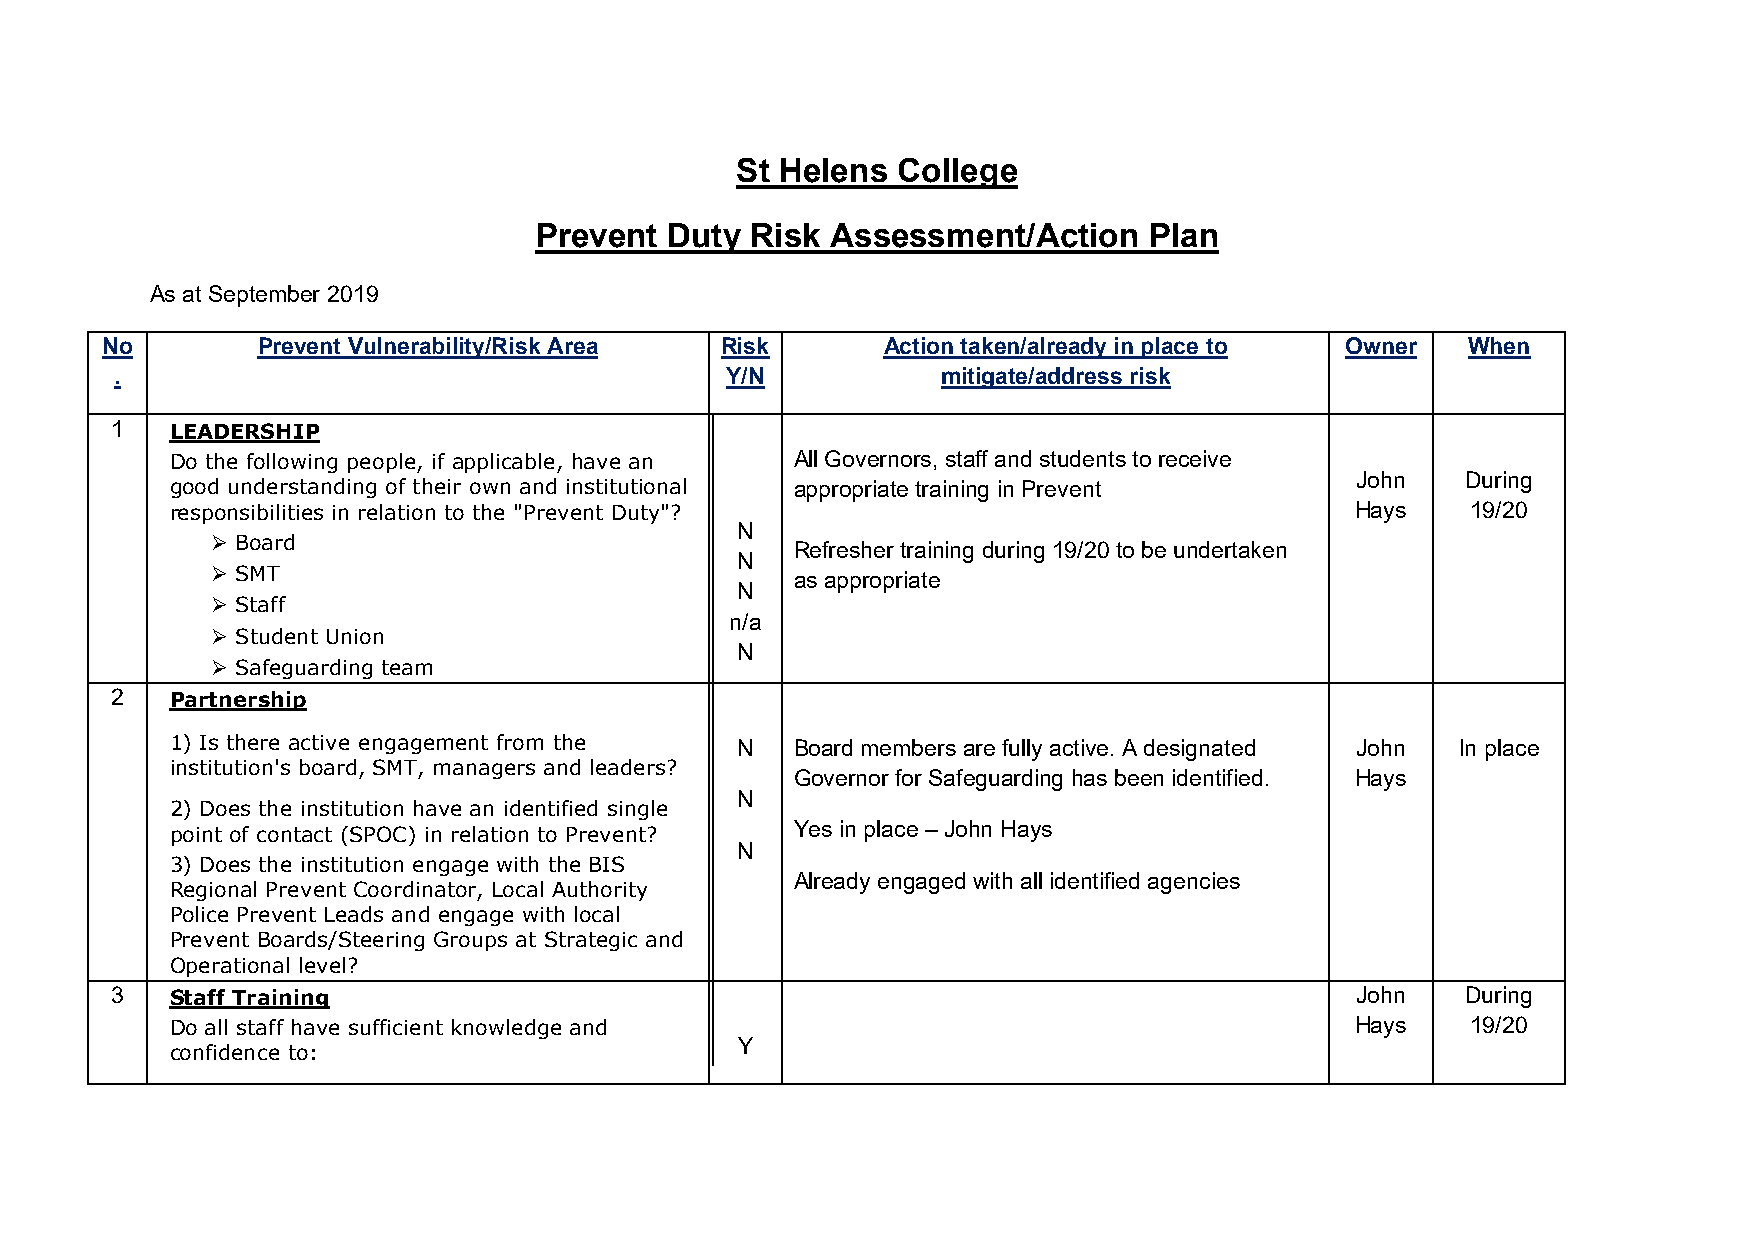
St Helens College
 Prevent  Duty  Risk Assessment/Action    Plan
 As at September 2019
 No        Prevent Vulnerability/Risk Area Risk     Action taken/already in place to Owner When
 .                                       Y/N           mitigate/address risk
 1   LEADERSHIP
 Do the following people, if applicable, have an All Governors, staff and students to receive
 John   During
 good understanding of their own and institutional appropriate training in Prevent
 responsibilities in relation to the "Prevent Duty"?                            Hays   19/20
 N
  Board
 Refresher training during 19/20 to be undertaken
 N
  SMT                                  as appropriate
 N
  Staff
 n/a
  Student Union
 N
  Safeguarding team
 2   Partnership
 1) Is there active engagement from the N  Board members are fully active. A designated John In place
 institution's board, SMT, managers and leaders?
 Governor for Safeguarding has been identified. Hays
 N
 2) Does the institution have an identified single
 point of contact (SPOC) in relation to Prevent? Yes in place – John Hays
 N
 3) Does the institution engage with the BIS
 Already engaged with all identified agencies
 Regional Prevent Coordinator, Local Authority
 Police Prevent Leads and engage with local
 Prevent Boards/Steering Groups at Strategic and
 Operational level?
 3   Staff Training                                                                 John   During
 Do all staff have sufficient knowledge and                                     Hays   19/20
 Y
 confidence to: